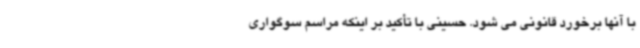
با آنها برخورد قانونی می شود. حسینی با تأکید بر اینکه مراسم سوگواری